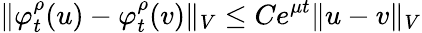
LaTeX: \Vert\varphi_{t}^{\rho}(u)-\varphi_{t}^{\rho}(v)\Vert_{V}\leq Ce^{\mu t}\Vert u-v\Vert_{V}